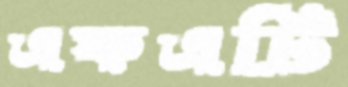
এফএটি